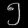
Digit: ၅